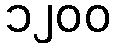
၁၂၀၀